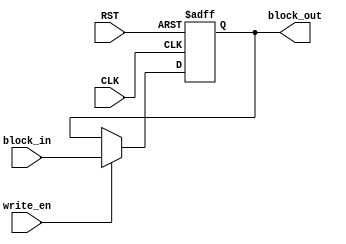
//-------------------------------------------------------------------------------------------------//
//  Project		: SHA-2																		       //
//  Description	: Block Memory for SHA256 			    		                                   //
//  Referents	: none.																		       //
//-------------------------------------------------------------------------------------------------//

module mem_save_block_288(
						input	wire				CLK,
						input	wire				RST,
						input	wire				write_en,
						input	wire 	[287:0]		block_in,
						output	wire	[287:0]		block_out
						);

	reg [287:0] block_out_reg;
	
	assign block_out = block_out_reg;
	always @(posedge CLK or negedge RST) 
	begin: update_event
		if(RST == 1'b0) begin
			block_out_reg <= 288'b0;
		end
		else begin
			if(write_en == 1'b1) begin
				block_out_reg <= block_in;
			end
		end
	end
endmodule